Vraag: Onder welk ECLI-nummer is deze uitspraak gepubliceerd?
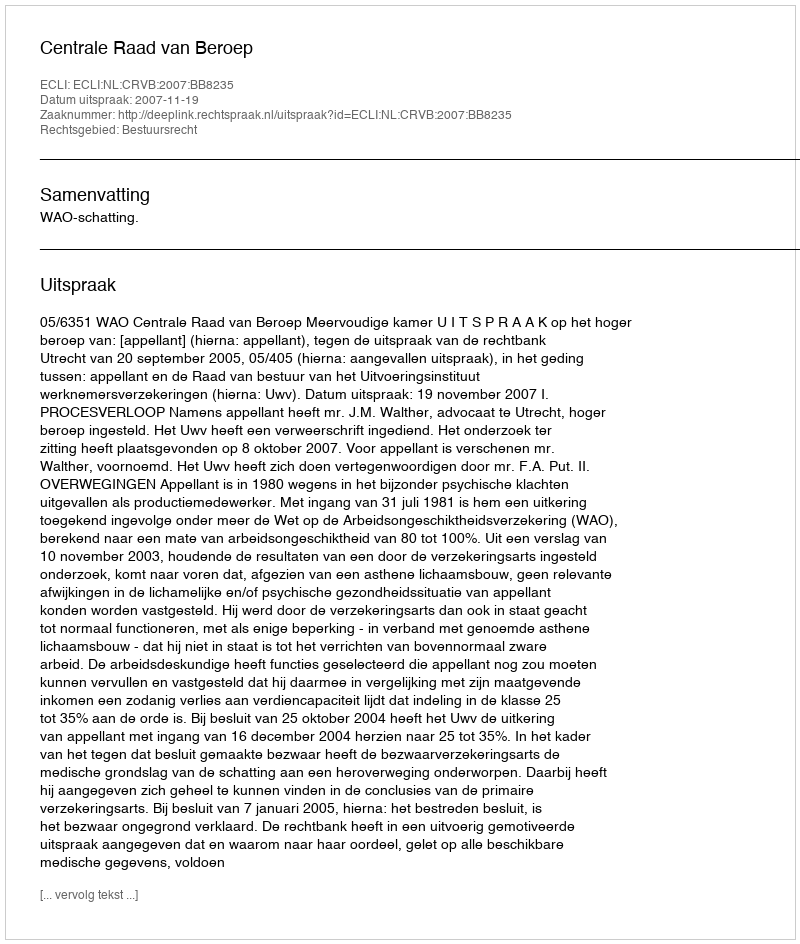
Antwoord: ECLI:NL:CRVB:2007:BB8235